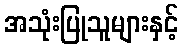
အသုံးပြုသူများနှင့်